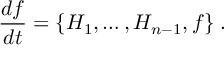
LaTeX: \frac { d f } { d t } = \{ H _ { 1 } , \ldots , H _ { n - 1 } , f \} \; .